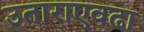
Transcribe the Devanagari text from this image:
उताराएवढा